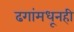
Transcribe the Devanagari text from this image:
ढगांमधूनही